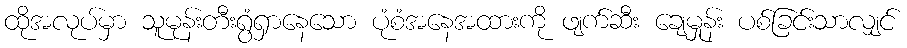
ထိုအလုပ်မှာ သူမုန်းတီးရွံရှာနေသော ပုံစံအနေအထားကို ဖျက်ဆီး ချေမှုန်း ပစ်ခြင်းသာလျှင်